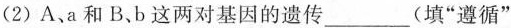
(2)A、a和B、b这两对基因的遗传___(填”遵循”